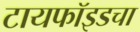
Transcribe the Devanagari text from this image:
टायफॉइडचा